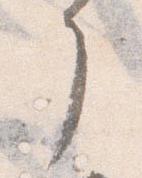
了